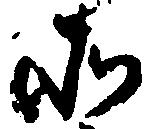
そ